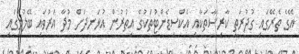
އޭގެ ތެރޭގައި ގުދުރަތީ ކާރިސާތަކާއި އެކްސިޑެންޓުތަކުގެ އިތުރުން އުޅަނދަށް މުދާ އަރުވައި ބޭލުމުގައި